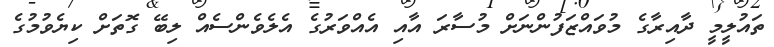
ތައުލީމީ ދާއިރާގެ މުވައްޒަފުންނަށް މުސާރަ އާއި އެއްވަރުގެ އެލެވެންސެއް ލިބޭ ގޮތަށް ކިޔެވުމުގެ